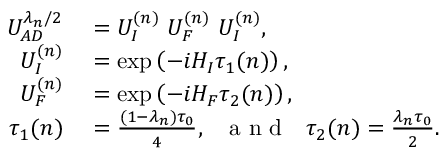
\begin{array} { r l } { U _ { A D } ^ { \lambda _ { n } / 2 } } & { { } = U _ { I } ^ { { ( n ) } } ~ U _ { F } ^ { { ( n ) } } ~ U _ { I } ^ { { ( n ) } } , } \\ { U _ { I } ^ { { ( n ) } } } & { { } = \exp \left( - i H _ { I } \tau _ { 1 } { ( n ) } \right) , } \\ { U _ { F } ^ { { ( n ) } } } & { { } = \exp \left( - i H _ { F } \tau _ { 2 } { ( n ) } \right) , } \\ { \tau _ { 1 } { ( n ) } } & { { } = \frac { ( 1 - \lambda _ { n } ) \tau _ { 0 } } { 4 } , ~ ~ \mathrm { ~ a ~ n ~ d ~ } ~ ~ \tau _ { 2 } { ( n ) } = \frac { \lambda _ { n } \tau _ { 0 } } { 2 } . } \end{array}